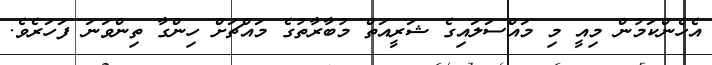
އެހެންކަމުން މިއީ މި މައްސަލައިގެ ޝަރީއަތް މުބާރާތުގެ މައްޗަށް ހިންގާ ތިންވަނަ ފަހަރެވެ.